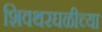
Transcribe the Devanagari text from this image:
शिवथरघळीच्या